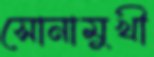
সোনামুখী